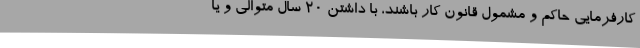
کارفرمایی حاکم و مشمول قانون کار باشند، با داشتن 20 سال متوالی و یا